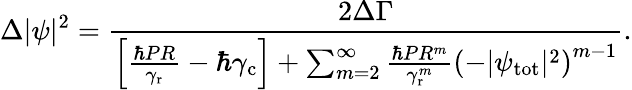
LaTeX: \Delta|\psi|^{2}=\frac{2\Delta\Gamma}{\left[\frac{\hbar PR}{\gamma_{\mathrm{r}}}-\hbar\gamma_{\mathrm{c}}\right]+\sum_{m=2}^{\infty}\frac{\hbar PR^{m}}{\gamma_{\mathrm{r}}^{m}}\left(-|\psi_{\mathrm{tot}}|^{2}\right)^{m-1}}.